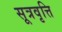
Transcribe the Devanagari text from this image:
सूत्रवृत्ति